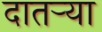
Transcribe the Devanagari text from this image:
दातर्‍या